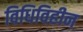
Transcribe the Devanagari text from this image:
विधिविहीन